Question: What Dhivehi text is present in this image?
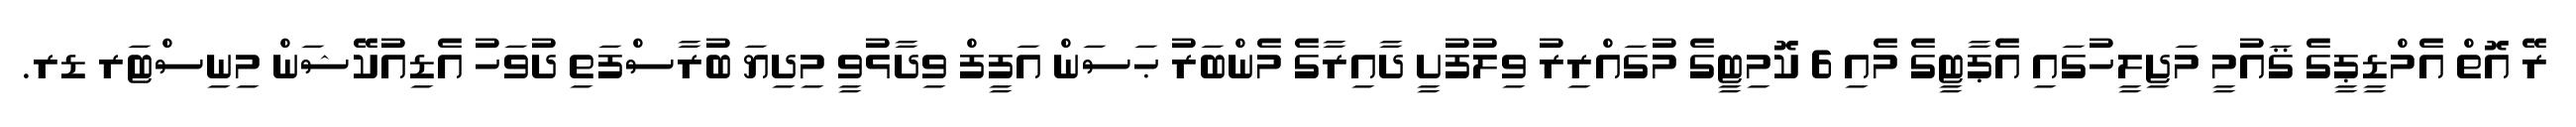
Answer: ރޭ އޮތް އެމްޑީޕީގެ ޤައުމީ މަޖިލީހުގައި އެޕާޓީގެ މެއި 6 ކޮމިޓީގެ މުގައްރިރު ވިލުފުށީ ދާއިރާގެ މެންބަރު ޙަސަން އަފީފް ވިދާޅުވީ މިދިޔަ ބުރާސްފަތި ދުވަހު އެޑިއުކޭޝަން މިނިސްޓަރ ޑރ.